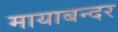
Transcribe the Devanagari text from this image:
मायाबन्दर